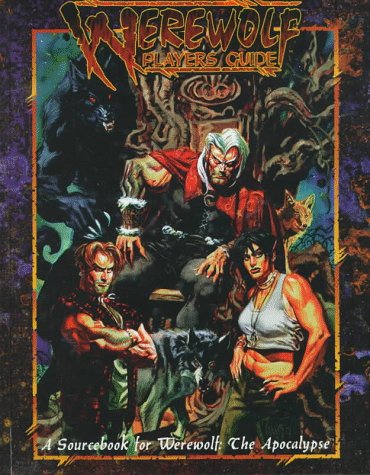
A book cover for Werewolf Players Guide 2nd Ed (Werewolf: The Apocalypse); Dan Brereton; Science Fiction & Fantasy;